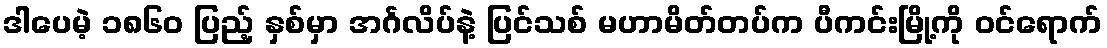
ဒါပေမဲ့ ၁၈၆၀ ပြည့် နှစ်မှာ အင်္ဂလိပ်နဲ့ ပြင်သစ် မဟာမိတ်တပ်က ပီကင်းမြို့ကို ဝင်ရောက်